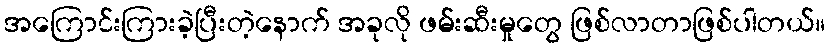
အကြောင်းကြားခဲ့ပြီးတဲ့နောက် အခုလို ဖမ်းဆီးမှုတွေ ဖြစ်လာတာဖြစ်ပါတယ်။